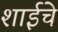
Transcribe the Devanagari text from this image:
शाईचे